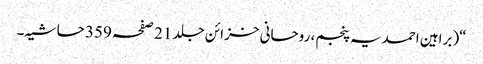
“(براہین احمدیہ پنجم، روحانی خزائن جلد 21 صفحہ 359 حاشیہ۔